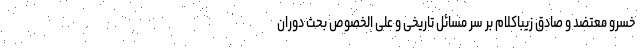
خسرو معتضد و صادق زیباکلام بر سر مسائل تاریخی و علی الخصوص بحث دوران